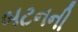
બટનની